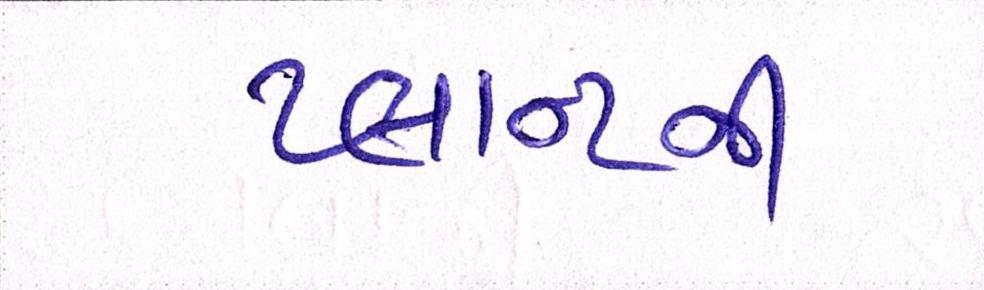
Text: પ્લાન્ટની